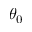
\theta _ { 0 }